Indian journal of veterinary science and animal husbandry - Volumes 24-25, 1954-1955
Year: 1954
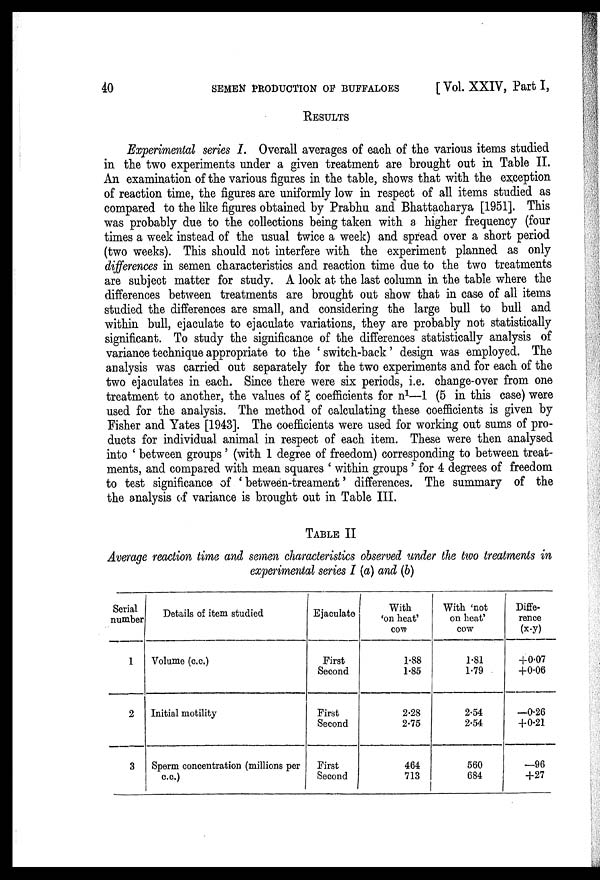
40
SEMEN PRODUCTION OF BUFFALOES
[Vol. XXIV, Part I,
RESULTS
Experimental series I. Overall averages of each of the various items studied
in the two experiments under a given treatment are brought out in Table II.
An examination of the various figures in the table, shows that with the exception
of reaction time, the figures are uniformly low in respect of all items studied as
compared to the like figures obtained by Prabhu and Bhattacharya [1951]. This
was probably due to the collections being taken with a higher frequency (four
times a week instead of the usual twice a week) and spread over a short period
(two weeks). This should not interfere with the experiment planned as only
differences in semen characteristics and reaction time due to the two treatments
are subject matter for study. A look at the last column in the table where the
differences between treatments are brought out show that in case of all items
studied the differences are small, and considering the large bull to bull and
within bull, ejaculate to ejaculate variations, they are probably not statistically
significant. To study the significance of the differences statistically analysis of
variance technique appropriate to the 'switch-back' design was employed. The
analysis was carried out separately for the two experiments and for each of the
two ejaculates in each. Since there were six periods, i.e. change-over from one
treatment to another, the values of ζ coefficients for n 1 —1 (5 in this case) were
used for the analysis. The method of calculating these coefficients is given by
Fisher and Yates [1943]. The coefficients were used for working out sums of pro
ducts for individual animal in respect of each item. These were then analysed
into 'between groups' (with 1 degree of freedom) corresponding to between treat
ments, and compared with mean squares 'within groups' for 4 degrees of freedom
to test significance of 'between-treament' differences. The summary of the
the analysis of variance is brought out in Table III.
TABLE II
Average reaction time and semen characteristics observed under the two treatments in
experimental series I (a) and (b)
Serial
number
1
2
3
Details of item studied
Volume (c.c.)
Initial motility
Sperm concentration (millions per
c.c.)
Ejaculate
First
Second
First
Second
First
Second
With
'on heat'
cow
1.88
1.85
2.28
2.75
464
713
With 'not
on heat'
cow
1.81
1.79
2.54
2.54
560
684
Diffe
rence
(x-y)
+0.07
+0.06
—0.26
+0.21
—96
+27